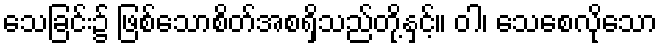
သေခြင်း၌ ဖြစ်သောစိတ်အစရှိသည်တို့နှင့်။ ဝါ၊ သေစေလိုသော